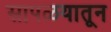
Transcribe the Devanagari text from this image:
सापळयातून